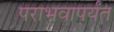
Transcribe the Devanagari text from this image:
पराभवापर्यंत